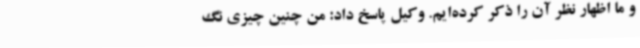
و ما اظهار نظر آن را ذکر کرده‌ایم. وکیل پاسخ داد: من چنین چیزی نگ